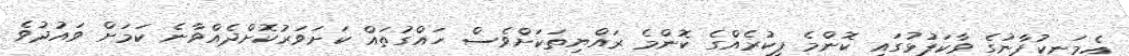
އެމަނިކުފާނުގެ ވާކަފުޅުގައި ކޮންމެ ފިކުރެއްގެ ކޮންމެ ރައްޔިތަކަށްވެސް ހައްގުތައް ކަށަވަރުކޮށްދެއްވާނެ ކަމަށް ވައުދުވެ